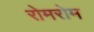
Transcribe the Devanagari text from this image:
रोमरोम